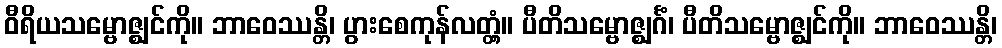
ဝီရိယသမ္ဗောဇ္ဈင်ကို။ ဘာဝေဿန္တိ၊ ပွားစေကုန်လတ္တံ့။ ပီတိသမ္ဗောဇ္ဈင်္ဂံ၊ ပီတိသမ္ဗောဇ္ဈင်ကို။ ဘာဝေဿန္တိ၊